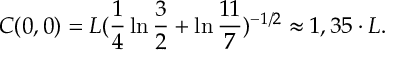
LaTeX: C ( 0 , 0 ) = L ( \frac { 1 } { 4 } \ln { \frac { 3 } { 2 } } + \ln { \frac { 1 1 } { 7 } } ) ^ { - 1 / 2 } \approx 1 , 3 5 \cdot L .